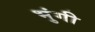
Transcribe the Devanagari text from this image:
भुंगी